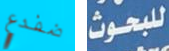
ضفدع للبحوث